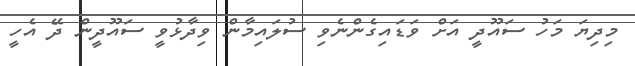
މިދިޔަ މަހު ސައޫދީ އަށް ވަޑައިގެންނެވި ސުލައިމާން ވިދާޅުވީ ސައޫދީން ދޭ އެހީ